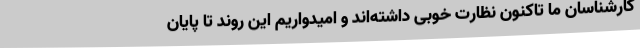
کارشناسان ما تاکنون نظارت خوبی داشته‌اند و امیدواریم این روند تا پایان